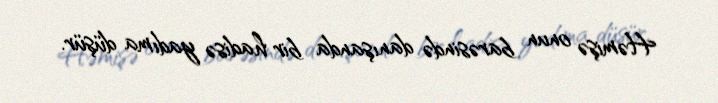
Həmişə onun barəsində danışanda bir hadisə yadıma düşür.